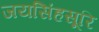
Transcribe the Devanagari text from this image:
जयसिंहसूरि